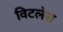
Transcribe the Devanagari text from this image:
विटलेस